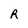
Character: R